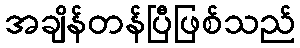
အချိန်တန်ပြီဖြစ်သည်